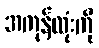
အကုန်လုံးကို